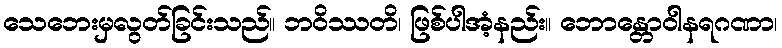
သေဘေးမှလွတ်ခြင်းသည်။ ဘဝိဿတိ၊ ဖြစ်ပါအံ့နည်း။ ဘောန္တောဝါနရဂဏာ၊